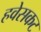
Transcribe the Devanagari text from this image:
हवेसकट